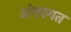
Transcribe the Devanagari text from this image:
अंगरगत